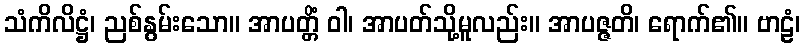
သံကိလိဋ္ဌံ၊ ညစ်နွမ်းသော။ အာပတ္တိံ ဝါ၊ အာပတ်သို့မူလည်း။ အာပဇ္ဇတိ၊ ရောက်၏။ ဗာဠံ၊